Lunatic asylums Madras 1877-1891 - 1877-1891
Year: 1877
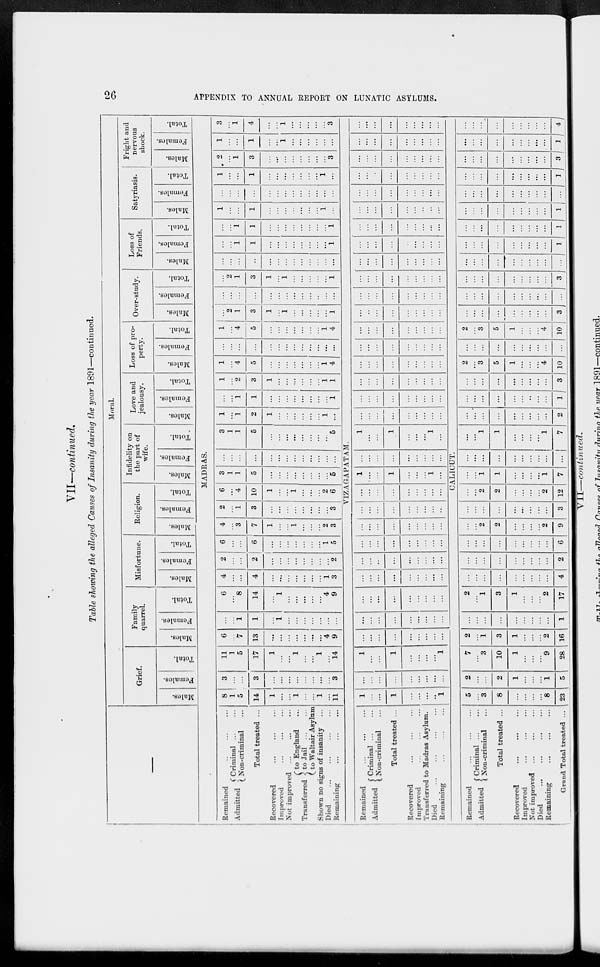
26
APPENDIX TO ANNUAL REPORT ON LUNATIC ASYLUMS.
VII—continued.
Table showing the alleged Causes of Insanity during the year 1891—continued.
—
Moral.
Grief.
Males.
Females.
Total.
Family
quarrel.
Males.
Females.
Total.
Misfortune.
Males.
Females.
Total.
Religion.
Males.
Females.
Total.
Infidelity on
the part of
wife.
Males.
Females.
Total.
Love and
jealousy.
Males.
Females.
Total.
Loss of pro-
perty.
Males.
Females.
Total.
Over-study.
Males.
Females.
Total.
Loss of
Friends.
Males.
Females.
Total.
Satyriasis.
Males.
Females.
Total.
Fright and
nervous
shock.
Males.
Females.
Total.
MADRAS.
Remained ... ... ...
Admitted
Criminal ... ...
Non-criminal ...
Total treated ...
Recovered ... ... ...
Improved ... ... ...
Not improved ... ... ...
Transferred
to England ...
to Jail
...
...
to Waltair Asylum
Shown no signs of insanity ...
Died
...
...
...
...
Remaining
...
...
...
8
1
5
14
1
...
...
1
...
...
1
...
11
3
...
...
3
...
...
...
...
...
...
...
...
3
11
1
5
17
1
...
...
1
...
...
1
...
14
6
...
7
13
...
...
...
...
...
...
...
4
9
...
...
1
1
...
1
...
...
...
...
...
...
...
6
...
8
14
...
1
...
...
...
...
...
4
9
4
...
...
4
...
...
...
...
...
...
...
1
3
2
...
...
2
...
...
...
...
...
...
...
...
2
6
...
...
6
...
...
...
...
...
...
...
1
5
4
...
3
7
1
...
...
1
...
...
...
2
3
2
...
1
3
...
...
...
...
...
...
...
...
3
6
...
4
10
1
...
...
1
...
...
...
2
6
3
1
1
5
...
...
...
...
...
...
...
...
5
...
...
...
...
...
...
...
...
...
...
...
...
...
3
1
1
5
...
...
...
...
...
...
...
...
5
1
...
1
2
1
...
...
...
...
...
...
1
...
...
...
1
1
...
...
...
...
...
...
...
...
1
1
...
2
3
1
...
...
...
...
...
...
1
1
1
...
4
5
...
...
...
...
...
...
...
1
4
...
...
...
...
...
...
...
...
...
...
...
...
...
1
...
4
5
...
...
...
...
...
...
...
1
4
...
2
1
3
1
...
1
...
...
...
...
...
1
...
...
...
...
...
...
...
...
...
...
...
...
...
...
2
1
3
1
...
1
...
...
...
...
...
1
...
...
...
...
...
...
...
...
...
...
...
...
...
...
...
1
1
...
...
...
...
...
...
...
...
1
...
...
1
1
...
...
...
...
...
...
...
...
1
1
...
...
1
...
...
...
...
...
...
...
1
...
...
...
...
...
...
...
...
...
...
...
...
...
...
1
...
...
1
...
...
...
...
...
...
...
1
...
2
...
1
3
...
...
...
...
...
...
...
...
3
1
...
...
1
...
...
1
...
...
...
...
...
...
3
...
1
4
...
...
1
...
...
...
...
...
3
VIZAGAPATAM.
Remained
...
...
...
Admitted
Criminal ... ...
Non-criminal ...
Total treated ...
Recovered
...
...
...
Improved ... ... ...
Transferred to Madras Asylum.
Died
...
...
...
...
Remaining
...
...
...
1
...
...
1
...
...
...
...
1
...
...
...
...
...
...
...
...
...
1
...
...
1
...
...
...
...
1
...
...
...
...
...
...
...
...
...
...
...
...
...
...
...
...
...
...
...
...
...
...
...
...
...
...
...
...
...
...
...
...
...
...
...
...
...
...
...
...
...
...
...
...
...
...
...
...
...
...
...
...
...
...
...
...
...
....
...
...
...
...
...
...
...
...
...
...
...
...
...
...
...
...
...
...
...
...
...
...
...
1
...
...
1
...
...
...
1
...
...
...
...
...
...
...
...
...
...
1
...
...
1
...
...
...
1
...
...
...
...
...
...
...
...
...
...
...
...
...
...
...
...
...
...
...
...
...
...
...
...
...
...
...
...
...
...
...
...
...
...
...
...
...
...
...
...
...
...
...
...
...
...
...
...
...
...
...
...
...
...
...
...
...
...
...
...
...
...
...
...
...
...
...
...
...
...
...
...
...
...
...
...
...
...
...
...
...
...
...
...
...
...
...
...
...
...
...
...
...
...
...
...
...
...
...
...
...
...
...
...
...
...
...
...
...
...
...
...
...
...
...
...
...
...
...
...
...
...
...
...
...
...
...
...
...
...
...
...
...
...
...
....
...
...
...
...
...
...
...
...
...
...
...
...
...
...
...
...
...
...
...
...
...
...
...
...
...
...
...
CALICUT.
Remained ... ... ...
Admitted
Criminal ... ...
Non-criminal ...
Total treated ...
Recovered
...
... ...
Improved
...
...
...
Not improved ... ... ...
Died ... ... ...
...
Remaining
...
...
...
Grand Total treated ...
5
...
3
8
...
...
...
...
8
23
2
...
...
2
1
...
...
...
1
5
7
...
3
10
1
...
...
...
9
28
2
...
1
3
1
...
...
...
2
16
...
...
...
...
...
...
...
...
...
1
2
...
1
3
1
...
...
...
2
17
...
...
...
...
...
...
...
...
...
4
...
...
...
...
...
...
...
...
...
2
...
...
...
...
...
...
...
...
...
6
...
...
2
2
...
...
...
...
2
9
...
...
...
...
...
...
...
...
...
3
...
...
2
2
...
...
...
...
2
12
...
...
1
1
...
...
...
...
1
7
...
...
...
...
...
...
...
...
...
...
...
...
1
1
...
...
...
...
1
7
...
...
...
...
...
...
...
...
...
2
...
...
...
...
...
...
..
...
...
1
...
...
...
...
...
...
...
...
...
3
2
...
3
5
1
...
...
...
4
10
...
...
...
...
...
...
...
...
...
...
2
...
3
5
1
...
...
...
4
10
...
...
...
...
...
...
...
...
...
3
...
...
...
...
...
...
...
...
...
...
...
...
...
...
...
...
...
...
...
3
...
...
...
...
...
...
...
...
...
...
...
...
...
...
...
...
...
...
...
1
...
...
...
...
...
...
...
...
...
1
...
...
...
...
...
...
...
...
...
1
...
...
...
...
...
...
...
...
...
...
...
...
...
...
...
...
...
...
...
1
...
...
...
...
...
...
...
...
...
3
...
...
...
...
...
...
...
...
...
1
...
...
...
...
...
...
...
...
...
4